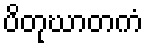
ပိတုဃာတကံ